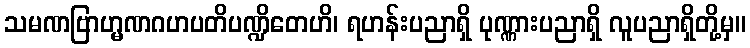
သမဏဗြာဟ္မဏဂဟပတိပဏ္ဍိတေဟိ၊ ရဟန်းပညာရှိ ပုဏ္ဏားပညာရှိ လူပညာရှိတို့မှ။